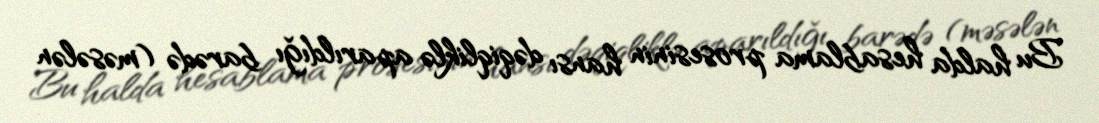
Bu halda hesablama prosesinin hansı dəqiqliklə aparıldığı barədə (məsələn